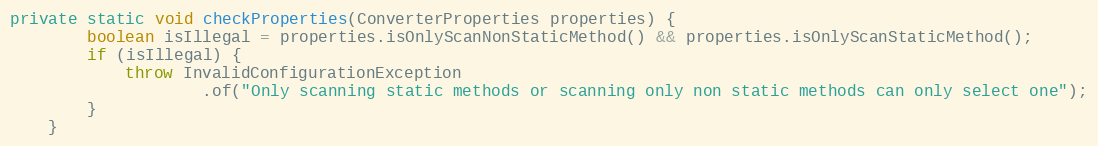
Language: Java
private static void checkProperties(ConverterProperties properties) {
        boolean isIllegal = properties.isOnlyScanNonStaticMethod() && properties.isOnlyScanStaticMethod();
        if (isIllegal) {
            throw InvalidConfigurationException
                    .of("Only scanning static methods or scanning only non static methods can only select one");
        }
    }